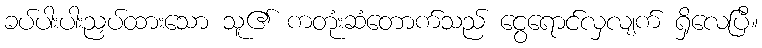
ခပ်ပါးပါးညှပ်ထားသော သူ၏ ကတုံးဆံတောက်သည် ငွေရောင်လှလျက် ရှိလေပြီ။